Document type: Sale
Year: 1354
Scribe: Bernat de Torre
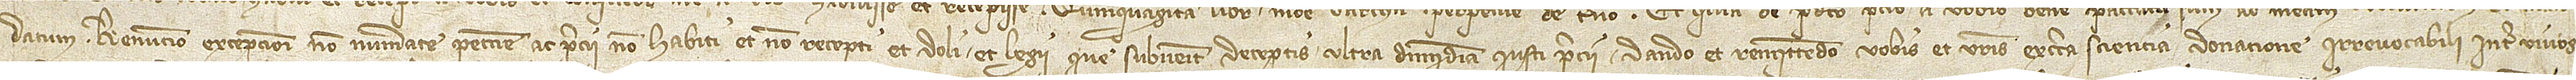
datum, renuncio excepcioni non numerate peccunie ac precii non habiti et non recepti, et doli, et legi que subvenit deceptis ultra dimidiam iusti precii. Dando et remittendo vobis et vestris ex certa sciencia donacione irrevocabili inter vivos